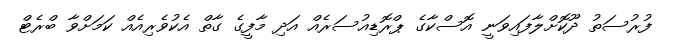
ފުރުސަތު ދޫކޮށްލާފައިވަނީ އޮސްކާގެ ޕްރޮޑިއުސަރެއް އަދި މާފީގެ ގާތް އެކުވެރިއެއް ކަމަށްވާ ބްރެޓް